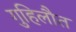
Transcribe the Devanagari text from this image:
गुहिलौत